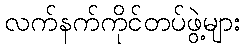
လက်နက်ကိုင်တပ်ဖွဲ့များ